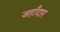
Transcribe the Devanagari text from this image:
जहाँदार